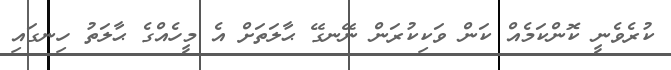
ކުރެވެނީ ކޮންކަމެއް ކަން ވަކިކުރަން ނޭނގޭ ޙާލަތަށް އެ މީހެއްގެ ޙާލަތު ހިނގައި